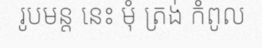
រូបមន្ត នេះ មុំ ត្រង់ កំពូល